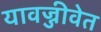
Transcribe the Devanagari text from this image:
यावज्जीवेत